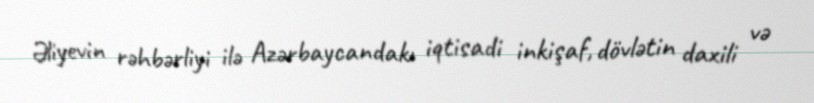
Əliyevin rəhbərliyi ilə Azərbaycandakı iqtisadi inkişaf, dövlətin daxili və